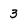
Character: 3